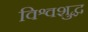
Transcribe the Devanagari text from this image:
विश्वशुद्ध